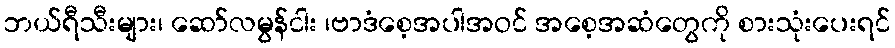
ဘယ်ရီသီးများ၊ ဆော်လမွန်ငါး ၊ဗာဒံစေ့အပါအဝင် အစေ့အဆံတွေကို စားသုံးပေးရင်